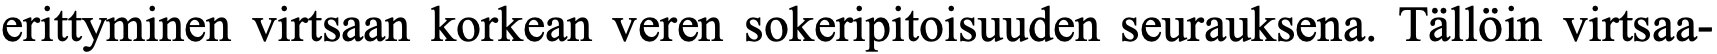
erittyminen virtsaan korkean veren sokeripitoisuuden seurauksena. Tällöin virtsaa-